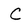
Character: C